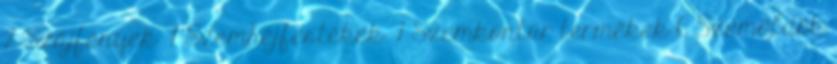
2 Szájfények 7 Szemhéjfestékek 7 Szemkontúr termékek 6 Szemöldök